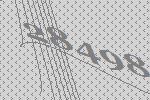
28498